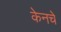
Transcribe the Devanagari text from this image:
केनचे